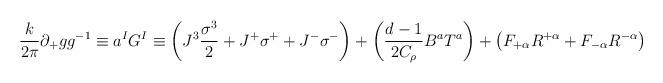
LaTeX: \begin{align*}\frac{k}{2\pi} \partial_{+}gg^{-1}\equiv a^{I} G^{I}\equiv \left( J^{3}\frac{\sigma^{3}}{2}+J^{+}\sigma^{+}+J^{-}\sigma^{-}\right) +\left( \frac{d-1}{2C_{\rho}}B^{a}T^{a}\right)+\left( F_{+\alpha}R^{+\alpha}+F_{-\alpha}R^{-\alpha}\right)\end{align*}